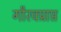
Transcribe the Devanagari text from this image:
गौरवप्राप्त